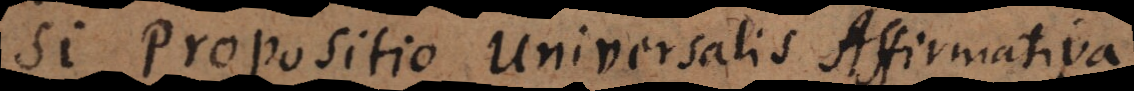
2 propositio Universalis affirmativa